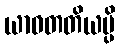
ယာဝတတိယမ္ပိ